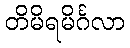
တိမိရမိင်္ဂလာ